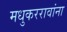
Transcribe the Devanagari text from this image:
मधुकररावांना